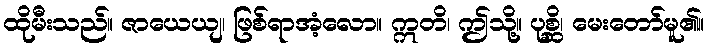
ထိုမီးသည်။ ဇာယေယျ၊ ဖြစ်ရာအံ့လော။ ဣတိ၊ ဤသို့။ ပုစ္ဆိ၊ မေးတော်မူ၏။